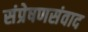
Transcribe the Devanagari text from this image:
संप्रेषणसंवाद